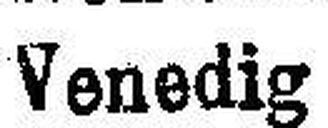
Venedig